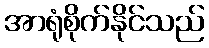
အာရုံစိုက်နိုင်သည်